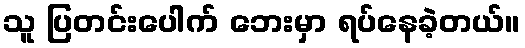
သူ ပြတင်းပေါက် ဘေးမှာ ရပ်နေခဲ့တယ်။